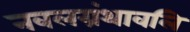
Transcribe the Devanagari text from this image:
नवलग्रंथावलि